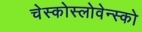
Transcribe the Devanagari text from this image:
चेस्कोस्लोवेन्स्को